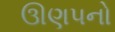
ઊણપનો